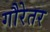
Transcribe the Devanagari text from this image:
गौरेतर